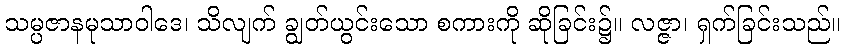
သမ္ပဇာနမုသာဝါဒေ၊ သိလျက် ချွတ်ယွင်းသော စကားကို ဆိုခြင်း၌။ လဇ္ဇာ၊ ရှက်ခြင်းသည်။